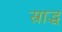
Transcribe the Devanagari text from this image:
स्राद्ध